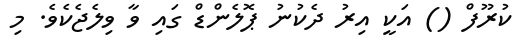
ކުރޫފް () އަކީ އިރު ދެކުނު ޕޮލެންޑް ގައި ވާ ވިލެޖެކެވެ. މި